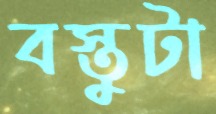
বস্তুটা